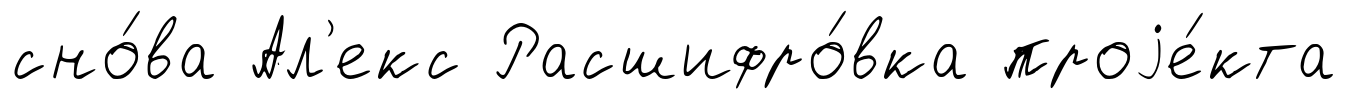
сно́ва Ал'екс Расшифро́вка проjе́кта